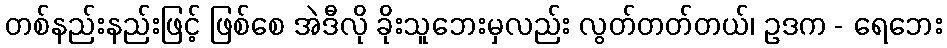
တစ်နည်းနည်းဖြင့် ဖြစ်စေ အဲဒီလို ခိုးသူဘေးမှလည်း လွတ်တတ်တယ်၊ ဥဒက - ရေဘေး